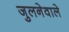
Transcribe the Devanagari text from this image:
जुलनेवाले